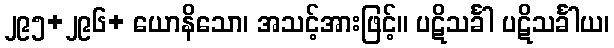
၂၉၅+၂၉၆+ ယောနိသော၊ အသင့်အားဖြင့်။ ပဋိသင်္ခါ ပဋိသင်္ခါယ၊